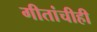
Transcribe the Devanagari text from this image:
गीतांचीही